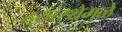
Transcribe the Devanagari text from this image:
दुरवस्थेमुळे